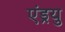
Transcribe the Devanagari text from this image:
एंड्रयु